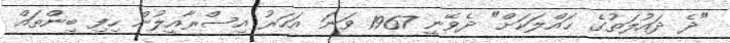
"ދެ ދައުލަތުގެ ޙައްލަކަށް" ދެވޭނީ 1967 ވަނަ އަހަރު އިސްރާއީލުން ހިފި ބިންތައް